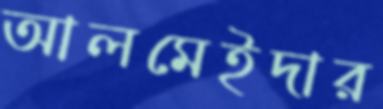
আলমেইদার